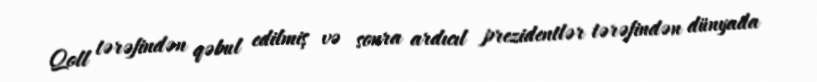
Qoll tərəfindən qəbul edilmiş və sonra ardıcıl prezidentlər tərəfindən dünyada